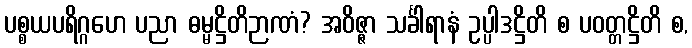
ပစ္စယပရိဂ္ဂဟေ ပညာ ဓမ္မဋ္ဌိတိဉာဏံ? အဝိဇ္ဇာ သင်္ခါရာနံ ဥပ္ပါဒဋ္ဌိတိ စ ပဝတ္တဋ္ဌိတိ စ,